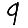
Digit: 9